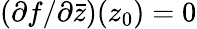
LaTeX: (\partial f/\partial{\bar{z}})(z_{0})=0